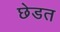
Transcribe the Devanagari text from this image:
छेडत